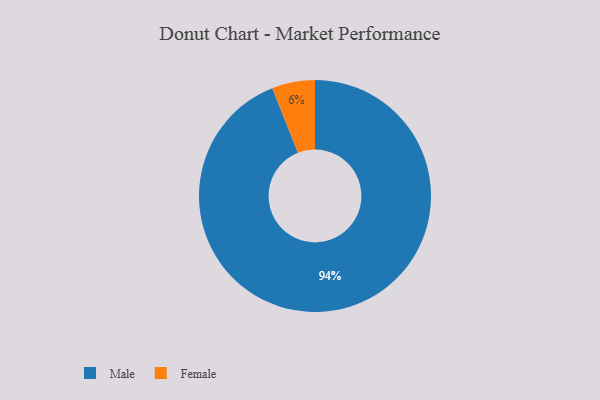
{"axis": {"x": "Category", "y": "Percentage"}, "legend": ["Female", "Male"], "data": [{"x": "Male", "y": 94, "type": "Male"}, {"x": "Female", "y": 6, "type": "Female"}]}